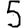
Digit: 5